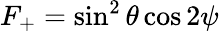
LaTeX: F_{+}=\sin^{2}{\theta}\cos{2\psi}